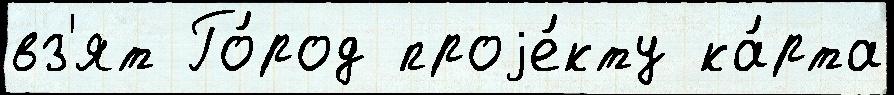
вз'ят Го́род проjе́кту ка́рта